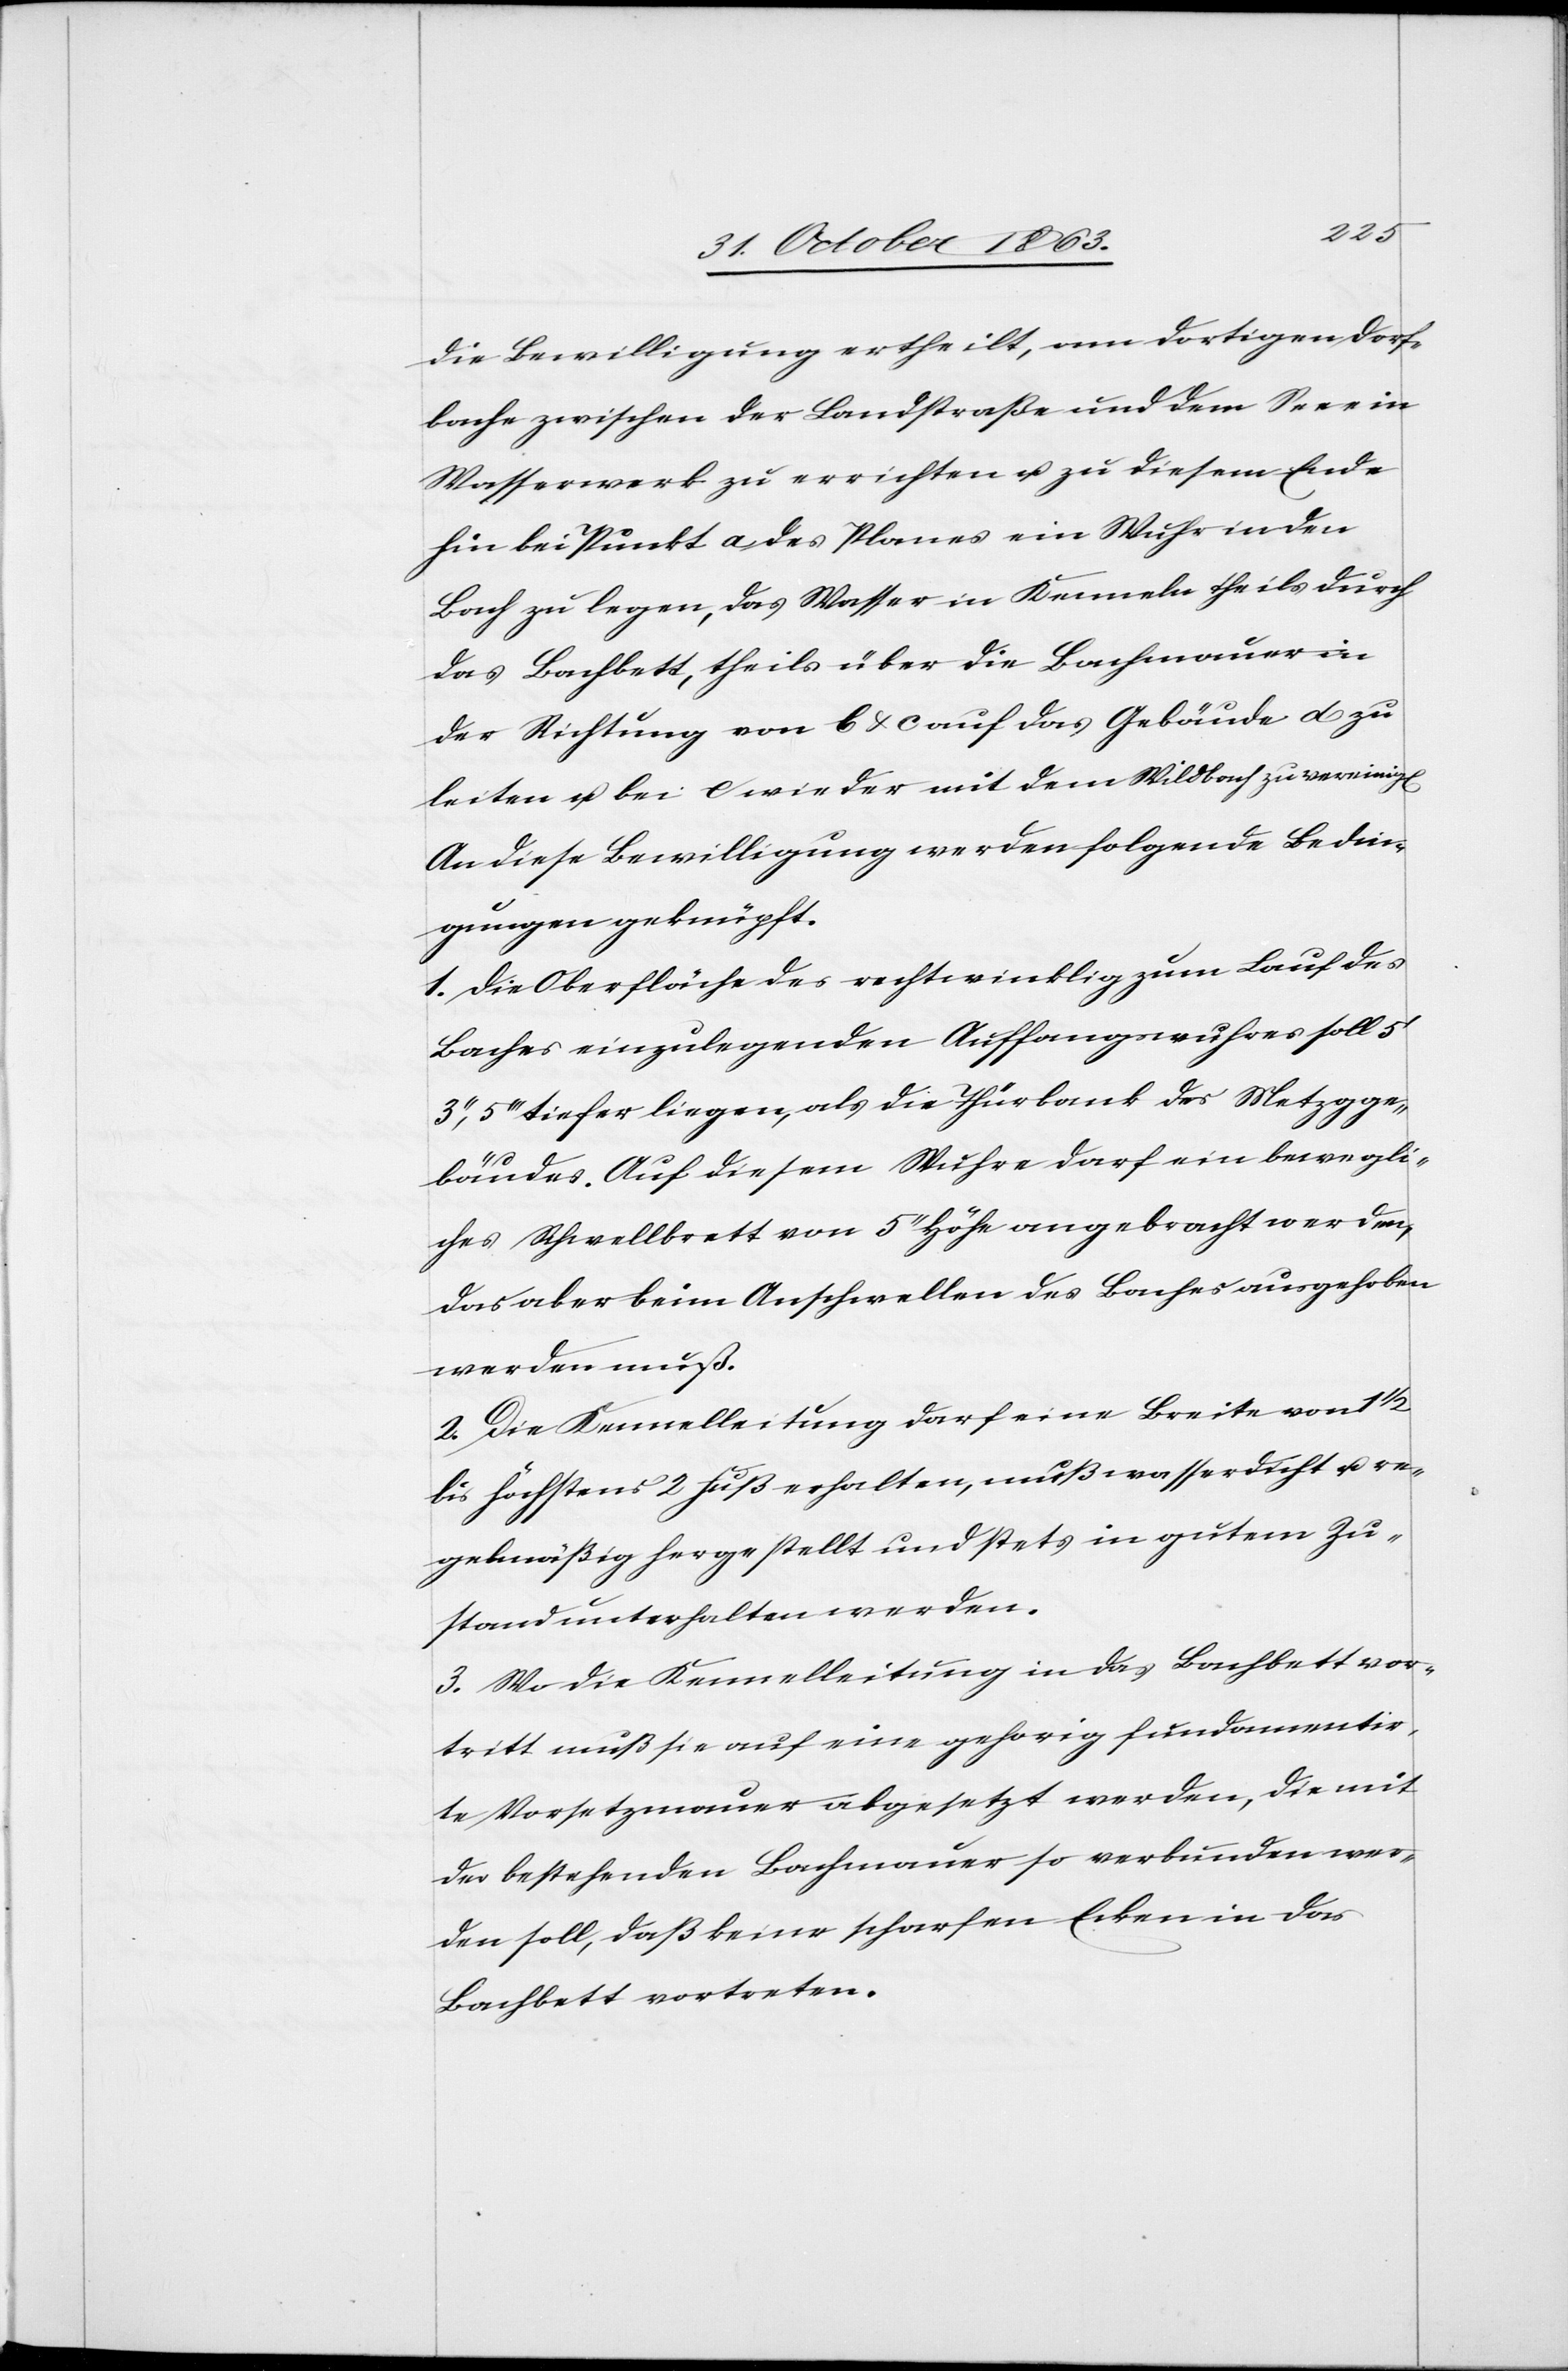
die Bewilligung ertheilt, am dortigen Dorf¬
bache zwischen der Landstraße und dem See ein
Wasserwerk zu errichten u. zu diesem Ende
hin bei Punkt a des Planes ein Wuhr in den
Bach zu legen, das Wasser in Kenneln theils durch
das Bachbett, theils über die Bachmauer in
der Richtung von b & c auf das Gebäude d zu
leiten u. bei e wieder mit dem Wildbach zu vereinig[en].
An diese Bewilligung werden folgende Bedin¬
gungen geknüpft.
1. Die Oberfläche des rechtwinklig zum Lauf des
Baches einzulegenden Auffangswuhres soll 5'
5''' tiefer liegen, als die Thürbank des Metzgge¬
bäudes. Auf diesem Wuhre darf ein bewegli¬
ches Schwellbrett von 5'' Höhe angebracht werden,
das aber beim Anschwellen des Baches ausgehoben
werden muß.
2. Die Kennelleitung darf eine Breite von 1
bis höchstens 2 Fuß erhalten, muß wasserdicht u. re¬
gelmäßig hergestellt und stets in gutem Zu¬
stand unterhalten werden.
3. Wo die Kennelleitung in das Bachbett vor¬
tritt muß sie auf eine gehorig [sic!] fundamentir¬
te Vorsetzmauer abgesetzt werden, die mit
der bestehenden Bachmauer so verbunden wer¬
den soll, daß keine scharfen Ecken in das
Bachbett vortreten.